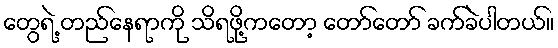
တွေရဲ့ တည်နေရာကို သိရဖို့ကတော့ တော်တော် ခက်ခဲပါတယ်။